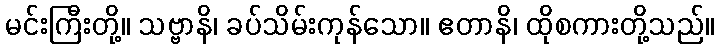
မင်းကြီးတို့။ သဗ္ဗာနိ၊ ခပ်သိမ်းကုန်သော။ ဧတာနိ၊ ထိုစကားတို့သည်။